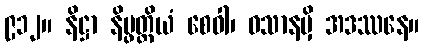
၉၁၂။ နိဋ္ဌာ နိပ္ဖတ္တိယံ စေဝါ၊ ဝသာနမှိ အဒဿနေ။